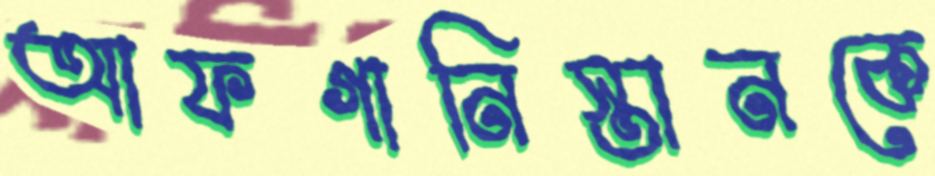
আফগানিস্তানকে